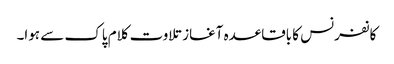
کانفرنس کا باقاعدہ آغاز تلاوت کلام پاک سے ہوا۔